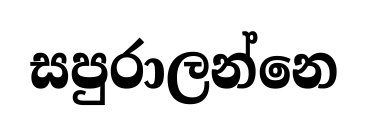
සපුරාලන්නෙ